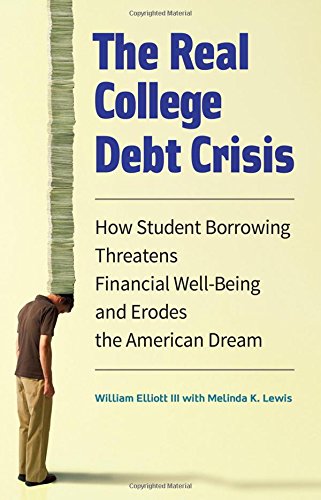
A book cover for The Real College Debt Crisis: How Student Borrowing Threatens Financial Well-Being and Erodes the American Dream; William Elliott III; Education & Teaching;